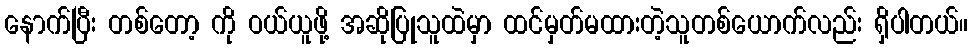
နောက်ပြီး တစ်တော့ ကို ဝယ်ယူဖို့ အဆိုပြုသူထဲမှာ ထင်မှတ်မထားတဲ့သူတစ်ယောက်လည်း ရှိပါတယ်။